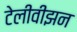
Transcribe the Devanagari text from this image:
टेलीवीझन